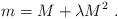
LaTeX: \begin{align*}m=M + \lambda M^2~.\end{align*}